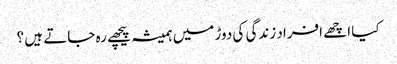
کیا اچھے افراد زندگی کی دوڑ میں ہمیشہ پیچھے رہ جاتے ہیں ؟